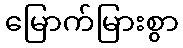
မြောက်မြားစွာ